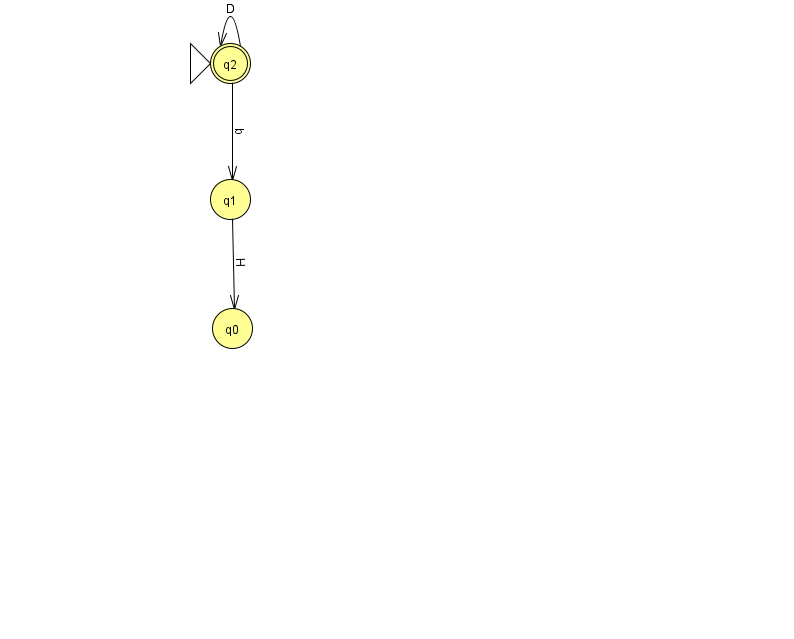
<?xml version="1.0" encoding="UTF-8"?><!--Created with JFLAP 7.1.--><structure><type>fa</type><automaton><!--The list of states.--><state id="0" name="q0"><x>232.0</x><y>315.0</y></state><state id="1" name="q1"><x>230.0</x><y>186.0</y></state><state id="2" name="q2"><x>230.0</x><y>50.0</y><initial/><final/></state><!--The list of transitions.--><transition><from>1</from><to>0</to><read>H</read></transition><transition><from>2</from><to>2</to><read>D</read></transition><transition><from>2</from><to>1</to><read>b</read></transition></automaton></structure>